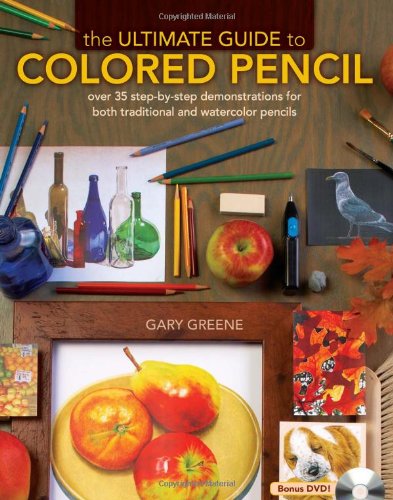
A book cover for The Ultimate Guide To Colored Pencil: Over 35 step-by-step demonstrations for both traditional and watercolor pencils; Gary Greene; Arts & Photography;